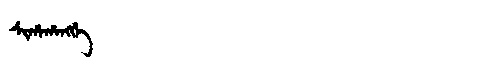
Manchu: ᠰᡳᡥᠠᡥᠠᠩᡤᡝ
Romanization: SIHAHANGGE